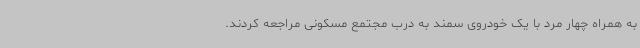
به همراه چهار مرد با یک خودروی سمند به درب مجتمع مسکونی مراجعه کردند.